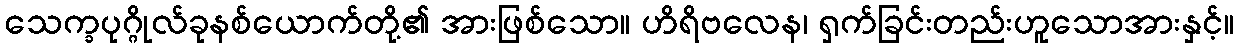
သေက္ခပုဂ္ဂိုလ်ခုနစ်ယောက်တို့၏ အားဖြစ်သော။ ဟိရိဗလေန၊ ရှက်ခြင်းတည်းဟူသောအားနှင့်။